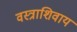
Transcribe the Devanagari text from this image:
वस्त्राशिवाय